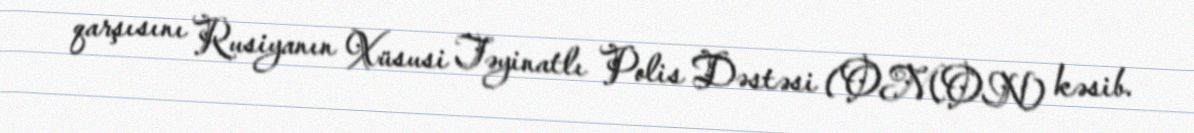
qarşısını Rusiyanın Xüsusi Təyinatlı Polis Dəstəsi (OMON) kəsib.